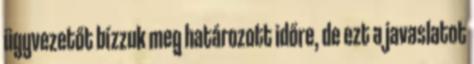
ügyvezetőt bízzuk meg határozott időre, de ezt a javaslatot